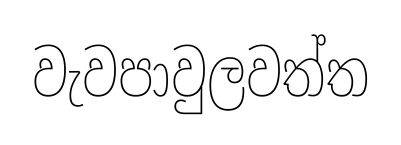
වැවපාවුලවත්ත